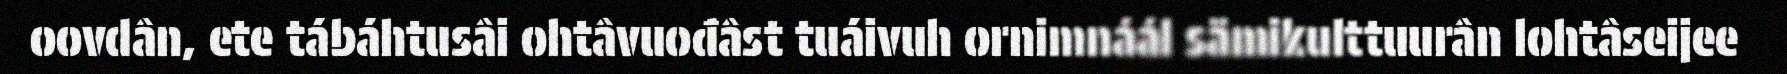
oovdân, ete tábáhtusâi ohtâvuođâst tuáivuh ornimnáál sämikulttuurân lohtâseijee